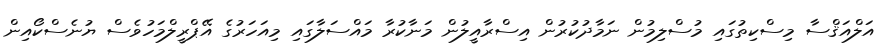
އަލްއަޤްސާ މިސްކިތުގައި މުސްލިމުން ނަމާދުކުރުން އިސްރާއީލުން މަނާކުރާ މައްސަލާގައި މިއަހަރުގެ އޭޕްރީލްމަހުވެސް ޔުނެސްކޯއިން